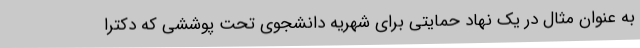
به عنوان مثال در یک نهاد حمایتی برای شهریه دانشجوی تحت پوششی که دکترا